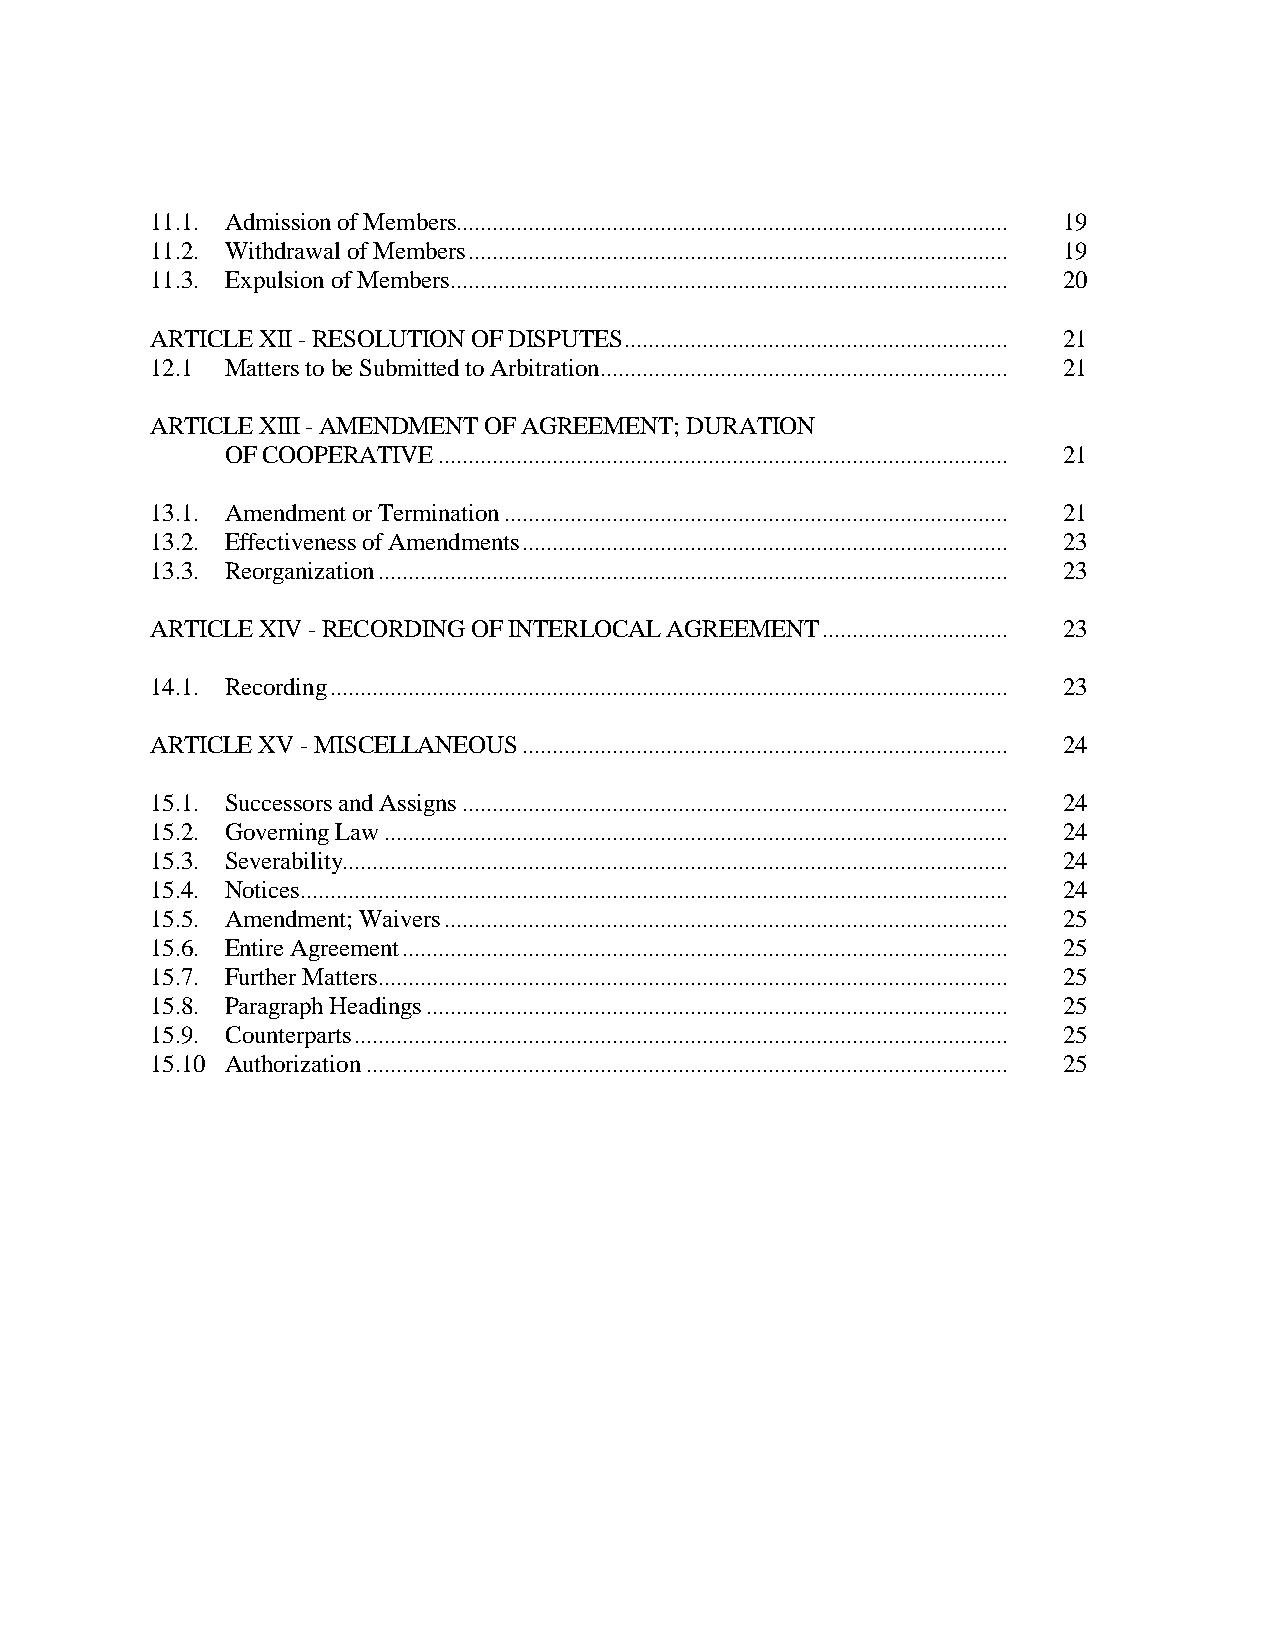
11.1. Admission of Members............................................................................................ 19
 11.2. Withdrawal of Members .......................................................................................... 19
 11.3. Expulsion of Members ............................................................................................. 20
 ARTICLE XII - RESOLUTION OF DISPUTES ................................................................ 21
 12.1 Matters to be Submitted to Arbitration .................................................................... 21
 ARTICLE XIII - AMENDMENT OF AGREEMENT; DURATION
 OF COOPERATIVE ............................................................................................... 21
 13.1. Amendment or Termination .................................................................................... 21
 13.2. Effectiveness of Amendments ................................................................................. 23
 13.3. Reorganization ......................................................................................................... 23
 ARTICLE XIV - RECORDING OF INTERLOCAL AGREEMENT ............................... 23
 14.1. Recording ................................................................................................................. 23
 ARTICLE XV - MISCELLANEOUS ................................................................................. 24
 15.1. Successors and Assigns ........................................................................................... 24
 15.2. Governing Law ........................................................................................................ 24
 15.3. Severability............................................................................................................... 24
 15.4. Notices ...................................................................................................................... 24
 15.5. Amendment; Waivers .............................................................................................. 25
 15.6. Entire Agreement ..................................................................................................... 25
 15.7. Further Matters ......................................................................................................... 25
 15.8. Paragraph Headings ................................................................................................. 25
 15.9. Counterparts ............................................................................................................. 25
 15.10 Authorization ........................................................................................................... 25